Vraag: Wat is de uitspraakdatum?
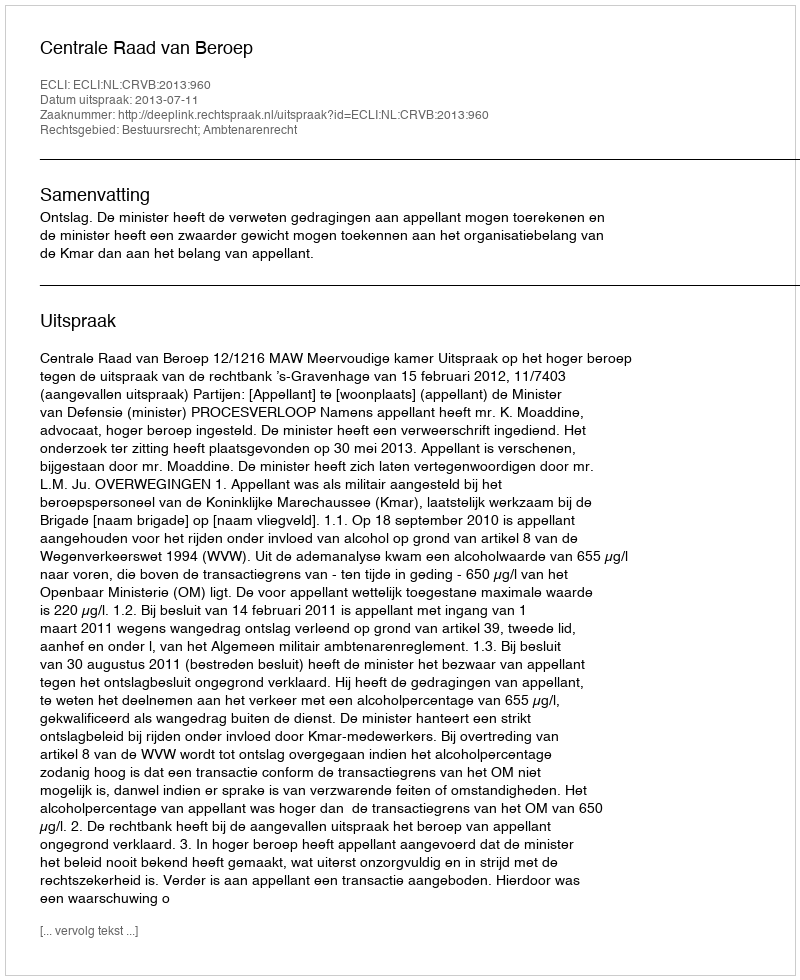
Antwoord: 2013-07-11